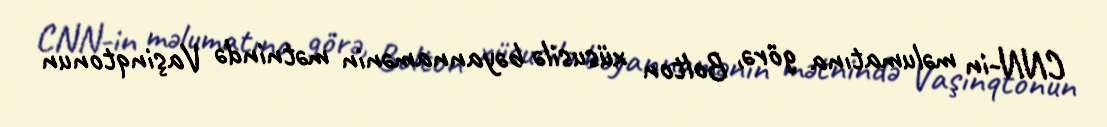
CNN-in məlumatına görə, Bolton xüsusilə bəyannamənin mətnində Vaşinqtonun